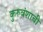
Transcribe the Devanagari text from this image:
कुरुवंशाची